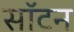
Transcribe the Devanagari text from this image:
सॉटन